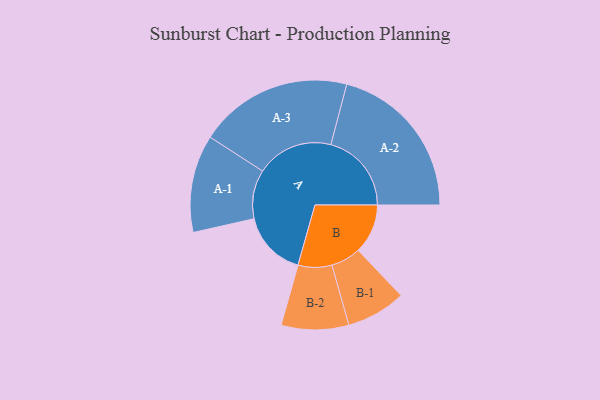
{"axis": {"x": "Segment", "y": "Value"}, "legend": ["", "A", "B"], "data": [{"x": "A", "y": 232, "type": ""}, {"x": "B", "y": 175, "type": ""}, {"x": "A-1", "y": 172, "type": "A"}, {"x": "A-2", "y": 284, "type": "A"}, {"x": "A-3", "y": 271, "type": "A"}, {"x": "B-1", "y": 105, "type": "B"}, {"x": "B-2", "y": 119, "type": "B"}]}